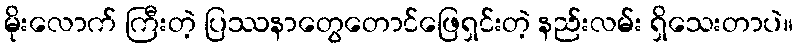
မိုးလောက် ကြီးတဲ့ ပြဿနာတွေတောင်ဖြေရှင်းတဲ့ နည်းလမ်း ရှိသေးတာပဲ။